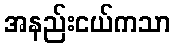
အနည်းငယ်ကသာ